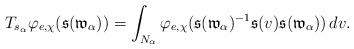
LaTeX: \begin{align*}T_{s_{\alpha}}\varphi_{e,\chi}(\mathfrak{s}(\mathfrak{w}_{\alpha}))=\int_{N_{\alpha}}\varphi_{e,\chi}(\mathfrak{s}(\mathfrak{w}_{\alpha})^{-1}\mathfrak{s}(v)\mathfrak{s}(\mathfrak{w}_{\alpha}))\, dv.\end{align*}